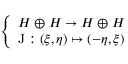
\left\{ \begin{array} { l l } { H \oplus H \to H \oplus H } \\ { \operatorname { J } : ( \xi , \eta ) \mapsto ( - \eta , \xi ) } \end{array} \right.